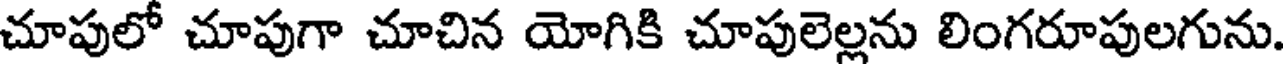
చూపులో చూపుగా చూచిన యోగికి చూపులెల్లను లింగరూపులగును.